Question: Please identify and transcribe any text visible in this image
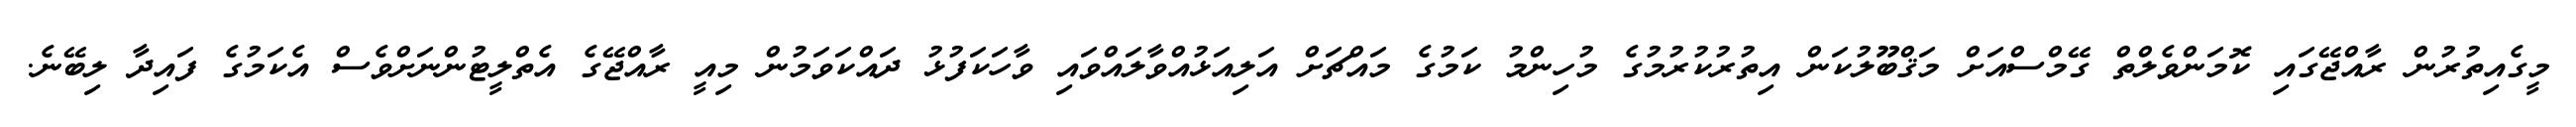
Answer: މީގެއިތުރުން ރާއްޖޭގައި ކޮމަންވެލްތް ގޭމްސްއަށް މަޤްބޫލުކަން އިތުރުކުރުމުގެ މުހިންމު ކަމުގެ މައްޗަށް އަލިއަޅުއްވާލައްވައި ވާހަކަފުޅު ދައްކަވަމުން މިއީ ރާއްޖޭގެ އެތްލީޓުންނަށްވެސް އެކަމުގެ ފައިދާ ލިބޭނެ.